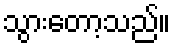
သွားတော့သည်။